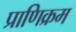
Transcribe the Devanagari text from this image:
प्राणिक्रम